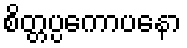
စိတ္တပ္ပကောပနော